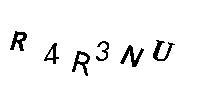
R4R3NU